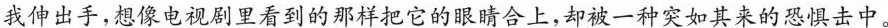
我伸出手，想像电视剧里看到的那样把它的眼睛合上，却被一种突如其来的恐惧击中。